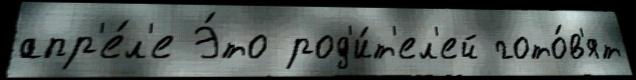
апр'е́л'е Э́то род'и́т'ел'ей гото́в'ят